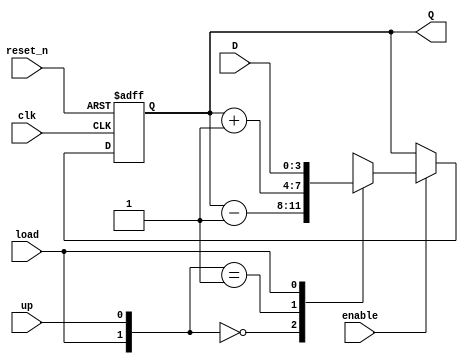
`timescale 1ns / 1ps

module udl_counter
    #(parameter BITS = 4)(
    input clk,
    input reset_n,
    input enable,
    input up, //when asserted the counter is up counter; otherwise, it is a down counter
    input load,
    input [BITS - 1:0] D,
    output [BITS - 1:0] Q
    );
    
    reg [BITS - 1:0] Q_reg, Q_next;
    
    //next state logic with reset and enable
    always @(posedge clk, negedge reset_n)
    begin
        if (~reset_n)
            Q_reg <= 'b0;
        else if(enable)
            Q_reg <= Q_next;
        else
            Q_reg <= Q_reg;
    end
    
    //counter logic
    always @(Q_reg, up, load, D)
    begin
        Q_next = Q_reg;
        casex({load,up})
            2'b00: Q_next = Q_reg - 1;
            2'b01: Q_next = Q_reg + 1;
            2'b1x: Q_next = D;
            default: Q_next = Q_reg;
        endcase
        
    end
    
    //output logic
    assign Q = Q_reg;
    
endmodule